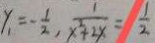
y _ { 1 } = - \frac { 1 } { 2 } , \frac { 1 } { x ^ { 2 } + 2 x } = \frac { 1 } { 2 }